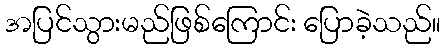
အပြင်သွားမည်ဖြစ်ကြောင်း ပြောခဲ့သည်။